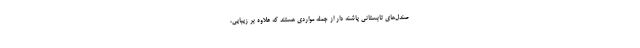
صندل‌های تابستانی پاشنه دار از جمله مواردی هستند که علاوه بر زیبایی،